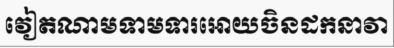
វៀតណាមទាមទារអោយចិនដកនាវា